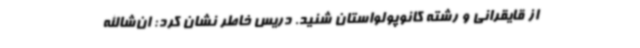
از قایقرانی و رشته کانوپولواستان شنید. دریس خاطر نشان کرد: ان‌شاالله